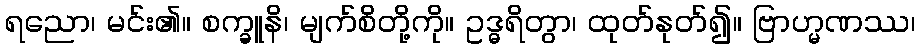
ရညော၊ မင်း၏။ စက္ခူနိ၊ မျက်စိတို့ကို။ ဥဒ္ဓရိတွာ၊ ထုတ်နုတ်၍။ ဗြာဟ္မဏဿ၊